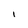
Character: I